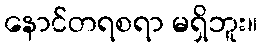
နောင်တရစရာ မရှိဘူး။